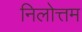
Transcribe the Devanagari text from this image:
निलोत्तम